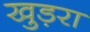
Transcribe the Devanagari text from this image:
खुड़रा